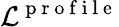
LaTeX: \mathcal{L}^{\mathrm{~p~r~o~f~i~l~e~}}